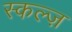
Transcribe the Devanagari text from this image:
स्कल्ज़